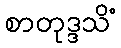
စာတုဒ္ဒသိံ